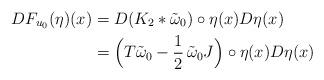
LaTeX: \begin{align*} DF_{u_0}(\eta)(x) &= D(K_2\ast\tilde{\omega}_0)\circ\eta(x) D\eta(x) \\ &= \Big( T\tilde{\omega}_0 - \frac{1}{2} \, \tilde{\omega}_0 J \Big) \circ\eta(x) D\eta(x) \end{align*}